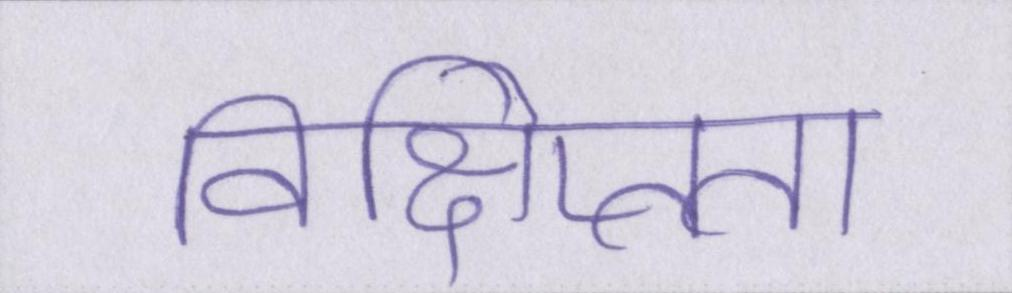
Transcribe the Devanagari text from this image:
विक्षिप्तता